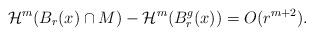
LaTeX: \begin{align*}\mathcal{H}^{m}(B_{r}(x)\cap M)-\mathcal{H}^{m}(B_{r}^{g}(x))=O(r^{m+2}).\end{align*}